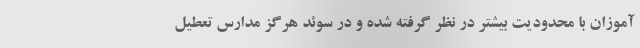
‌آموزان با محدودیت بیشتر در نظر گرفته شده و در سوئد هرگز مدارس تعطیل